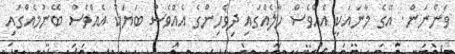
ވަންނަން. އޭގެ މާނައަކީ އެއްވެސް ހާލެއްގައި ދިވެހިންގެ އެއްވެސް ބަޔަކު އެއްވެސް ބޭނުމެއްގައި